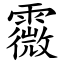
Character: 霺